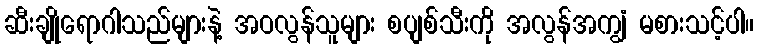
ဆီးချိုရောဂါသည်များနဲ့ အဝလွန်သူများ စပျစ်သီးကို အလွန်အကျွံ မစားသင့်ပါ။